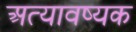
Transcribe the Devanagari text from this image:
अत्यावष्यक